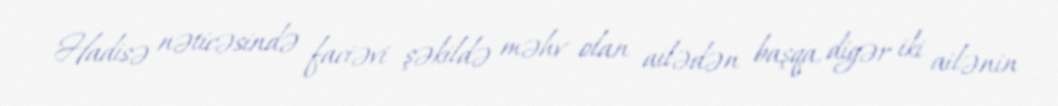
Hadisə nəticəsində faciəvi şəkildə məhv olan ailədən başqa, digər iki ailənin